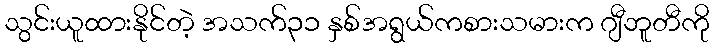
သွင်းယူထားနိုင်တဲ့ အသက်၃၁ နှစ်အရွယ်ကစားသမားက ဂျီဘူတီကို